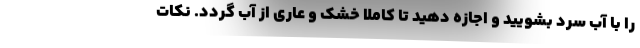
را با آب سرد بشویید و اجازه دهید تا کاملا خشک و عاری از آب گردد. نکات